Tartu_Linna_ja_Maakonna_Kaitseliit, lk 27
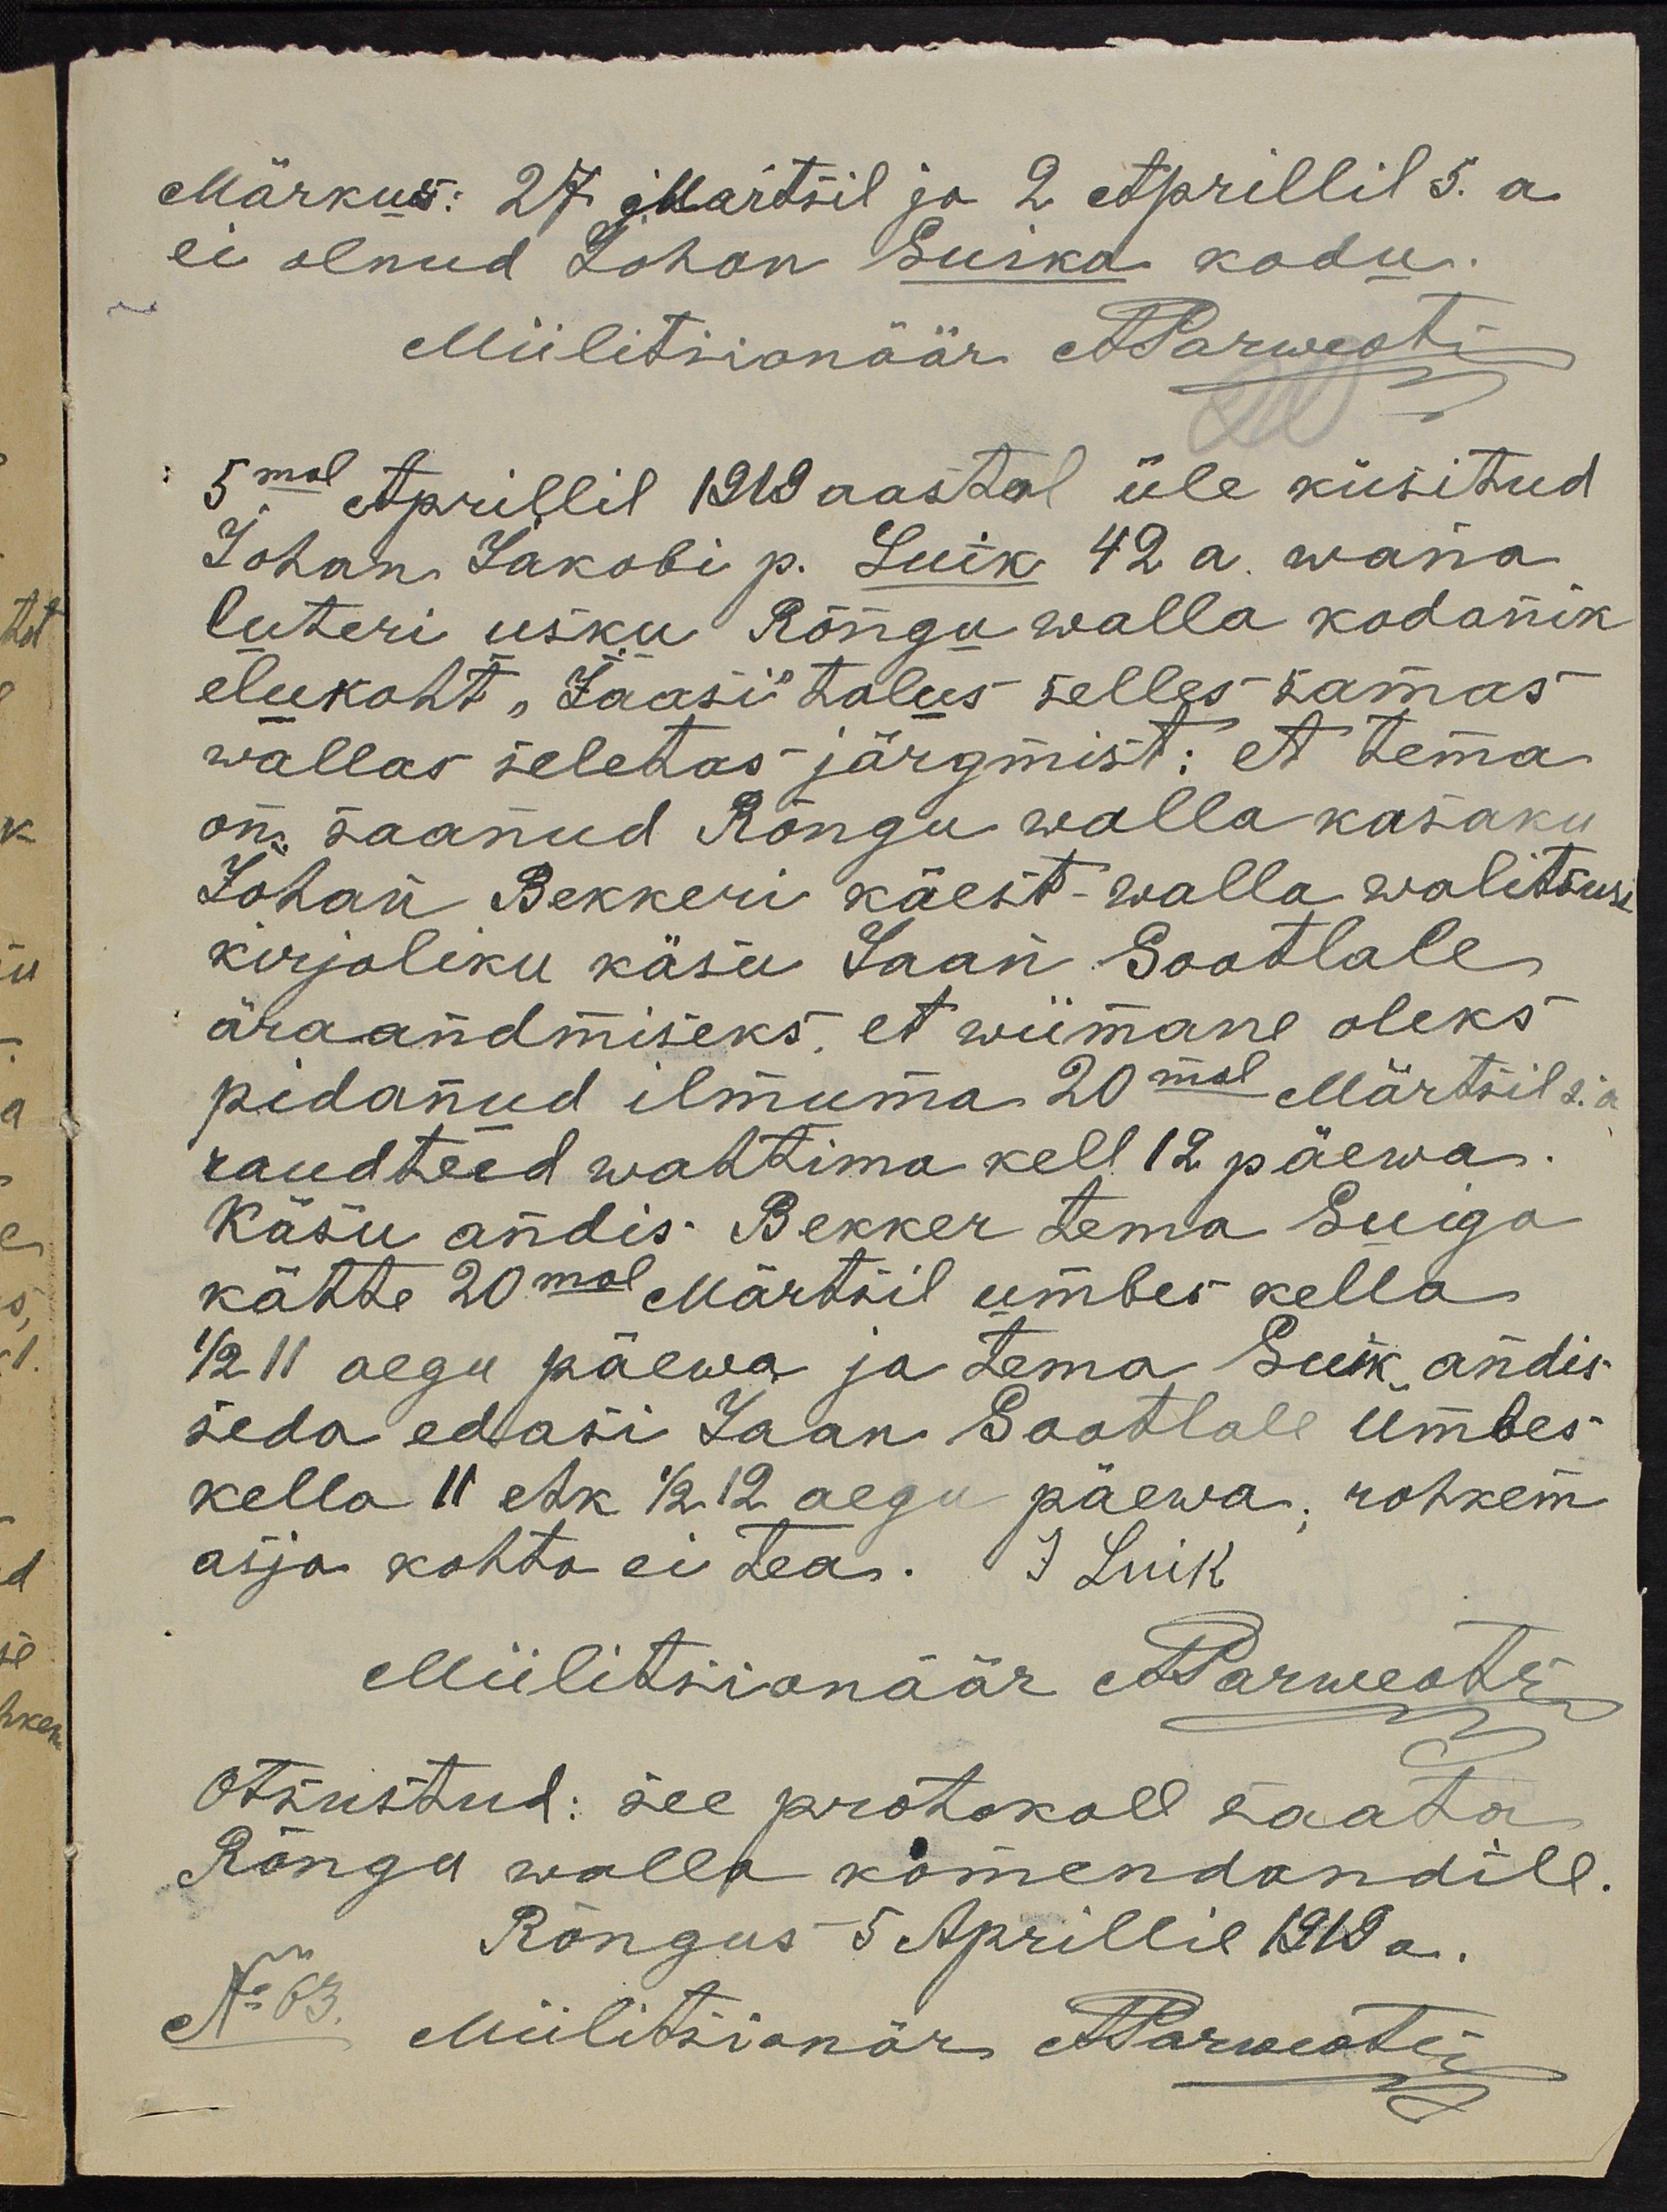
Märkus: 27. Märtsil ja 2 Aprillil s. a.
ei olnud Johan Suika kodu.
Miilitsionäär A Parwesti
5mal Aprillil 1919 aastal üle küsitud
Johan Jakobi p. Luik 42 a. wana
luteri usku Rõngu walla kodanik
elukoht "Jaasi" talus selles samas
wallas seletas järgmist: et tema
on, saanud Rõngu walla kasaku
Johan Bekkeri käest-walla walitsuse
kirjaliku käsu Jaan Sootlale
äraandmiseks, et wiimane oleks
pidanud ilmuma 20mal Märtsil s.a
raudteed wahtima kell 12 päewa.
Käsu andis Bekker tema Suiga
kätte 20mal Märtsil umbes kella
1/2 11 aegu päewa ja tema Suik andis
seda edasi Jaan Sootlale Umbes
kella 11 ehk 1/2 12 aegu päewa. rohkem
asja kohta ei tea. J Luik
Miilitsionäär a. Parweots
Otsustud: see protokoll saata
Rõngu walla komendandile.
Rõngus 5 Aprillil 1919 a.
N: 63
Miilitsianär A. Parwesti